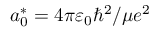
a _ { 0 } ^ { * } = 4 \pi \varepsilon _ { 0 } \hbar ^ { 2 } / \mu e ^ { 2 }